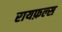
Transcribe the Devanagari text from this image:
रायफ़ल्स